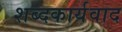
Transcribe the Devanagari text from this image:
शब्दकार्यवाद